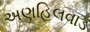
અણહિલવાડ